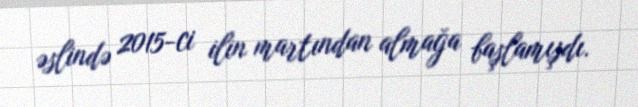
əslində 2015-ci ilin martından almağa başlamışdı.